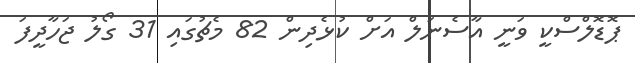
ޕޮޑޮލްސްކީ ވަނީ އާސެނަލް އަށް ކުޅެދިން 82 މެޗުގައި 31 ގޯލު ޖަހާދީފަ